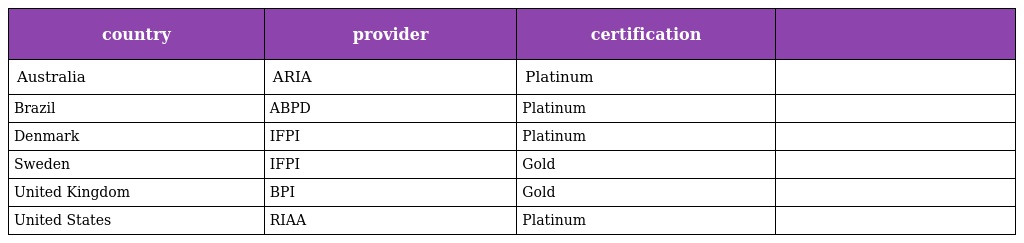
| country | provider | certification |  |
 | --- | --- | --- | --- |
 | Australia | ARIA | Platinum |  |
 | Brazil | ABPD | Platinum |  |
 | Denmark | IFPI | Platinum |  |
 | Sweden | IFPI | Gold |  |
 | United Kingdom | BPI | Gold |  |
 | United States | RIAA | Platinum |  |